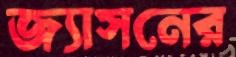
জ্যাসনের